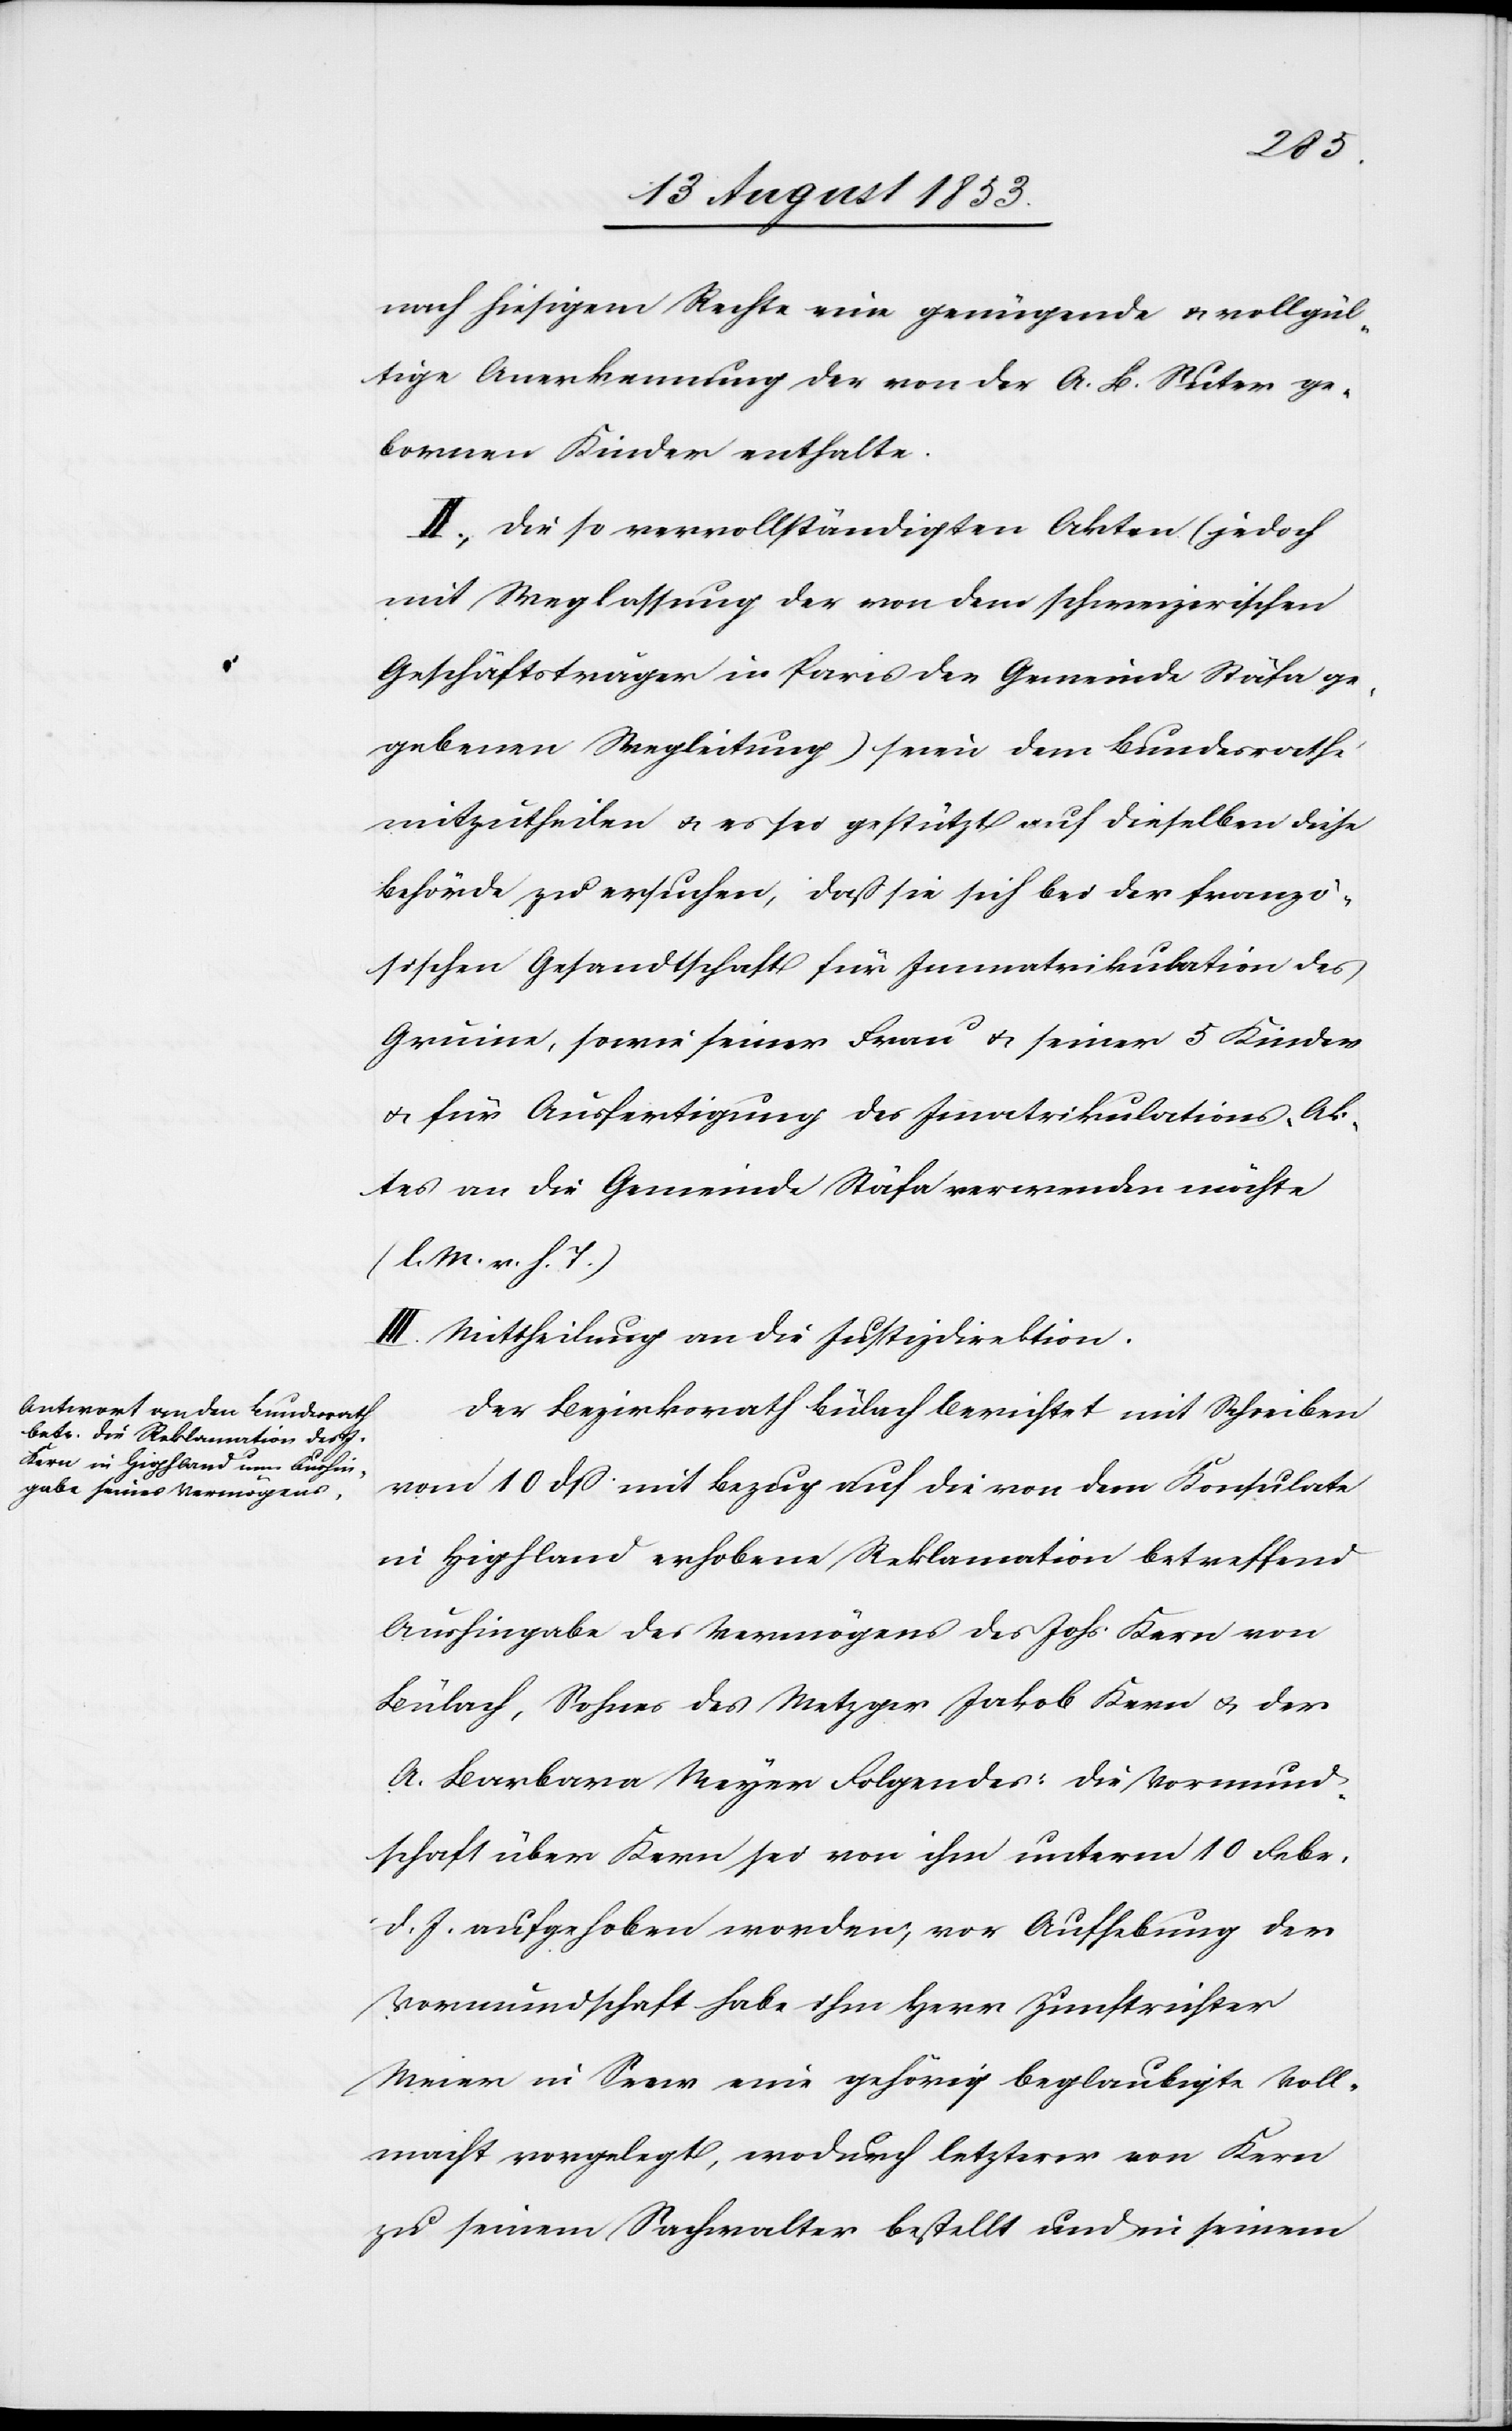
nach hiesigem Rechte eine genügende u. vollst¬
ändige Anerkennung der von der A. B. Suter ge¬
bornen Kinder enthalte.
II. Die so vervollständigten Akten (jedoch
mit Weglassung der von dem schweizerischen
Geschäftsträger in Paris der Gemeinde Stäfa ge¬
gebenen Wegleitung) seien dem Bundesrath
mitzutheilen u. es sei gestützt auf dieselben diese
Behörde zu ersuchen, daß sie sich bei der franzö¬
sischen Gesandtschaft für Immatrikulation des
Gruine, sowie seiner Frau u. seiner 5 Kinder
u. für Ausfertigung des Immatrikulations-Ak¬
tes an die Gemeinde Stäfa verwenden möchte.
[l. M. v. h. T]
III. Mittheilung an die Justizdirektion.
Der Bezirksrath Bülach berichtet mit Schreiben
vom 10 dß mit Bezug auf die von dem Konsulate
in Hipfland erhobene Reklamation betreffend
Aushingabe des Vermögens des Johs. Kern von
Bülach, Sohnes des Metzger Jakob Kern u. der
A. Barbara Meyer Folgendes: die Vormund¬
schaft über Kern sei von ihm unterm 10 Febr.
d. Js. aufgehoben worden, vor Aufhebung der
Vormundschaft habe ihm Herr Zunftrichter
Meier in Seew eine gehörig beglaubigte Voll¬
macht vorgelegt, wodurch letzterer von Kern
zu seinem Sachverhalter bestellt und in seinem